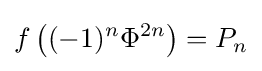
f\left((-1)^{n}\Phi ^{2n}\right)=P_{n}